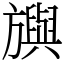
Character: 𣄣